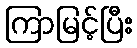
ကြာမြင့်ပြီး